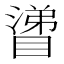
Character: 𰝊